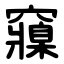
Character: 䆿